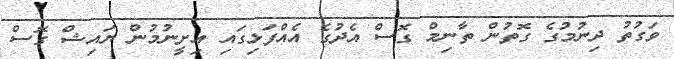
ވަގުތު ދިނުމުގެ ގޮތުން ތާނިމް ގޮސް އެދުގެ އެއްފަޅިގައި އިށީނުމުން ޔައިޝް ގޮސް